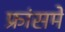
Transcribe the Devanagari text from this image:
फ्रांसमें